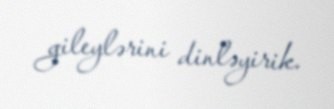
gileylərini dinləyirik.